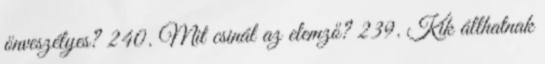
önveszélyes? 240. Mit csinál az elemző? 239. Kik állhatnak